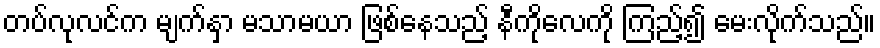
တပ်လုလင်က မျက်နှာ မသာမယာ ဖြစ်နေသည့် နီကိုလေကို ကြည့်၍ မေးလိုက်သည်။